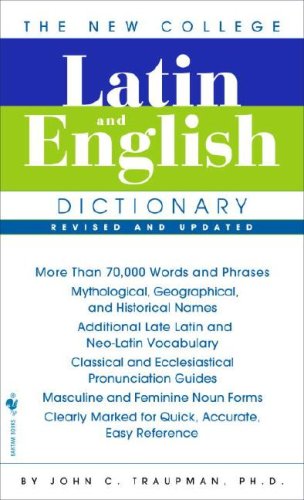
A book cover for The Bantam New College Latin & English Dictionary (English and Latin Edition); Reference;